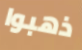
ذهبوا